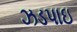
ઝડપાઇ